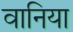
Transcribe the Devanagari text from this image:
वानिया